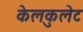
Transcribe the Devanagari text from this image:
केलकुलेट